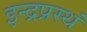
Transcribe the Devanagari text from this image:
इन्द्रप्रस्थं